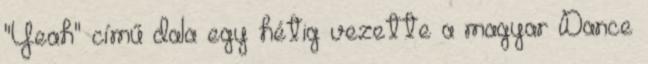
"Yeah" című dala egy hétig vezette a magyar Dance